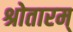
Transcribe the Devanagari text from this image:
श्रोतारम्